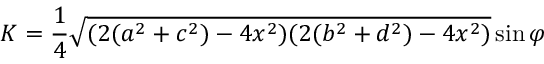
K = { \frac { 1 } { 4 } } { \sqrt { ( 2 ( a ^ { 2 } + c ^ { 2 } ) - 4 x ^ { 2 } ) ( 2 ( b ^ { 2 } + d ^ { 2 } ) - 4 x ^ { 2 } ) } } \sin { \varphi }